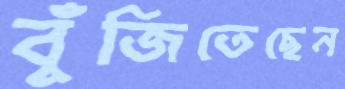
বুঁজিতেছেন